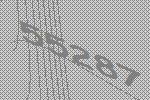
55287